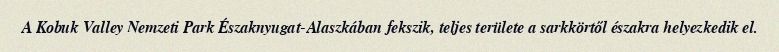
A Kobuk Valley Nemzeti Park Északnyugat-Alaszkában fekszik, teljes területe a sarkkörtől északra helyezkedik el.